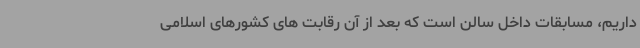
داریم، مسابقات داخل سالن است که بعد از آن رقابت های کشورهای اسلامی